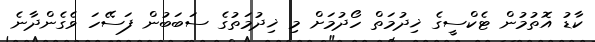
ކާޑު އޮތުމުން ޓެކްސީގެ ޚިދުމަތް ހޯދުމަށް މި ޚިދުމަތުގެ ސަބަބުން ފަސޭހަ ވެގެންދާނެ